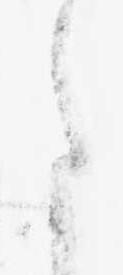
た